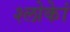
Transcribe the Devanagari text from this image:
श्लोकेां